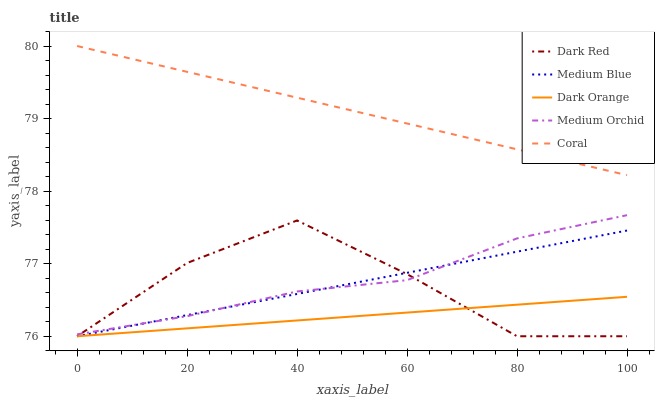
| xaxis_label | Dark Red | Medium Blue | Dark Orange | Medium Orchid | Coral |
 | --- | --- | --- | --- | --- | --- |
 | 0 | 76 | 76 | 76 | 76 | 80 |
 | 20 | 77 | 76.3 | 76.1 | 76.3 | 79.6 |
 | 40 | 77.6 | 76.6 | 76.2 | 76.6 | 79.3 |
 | 60 | 76.9 | 76.9 | 76.3 | 76.8 | 78.9 |
 | 80 | 76 | 77.2 | 76.4 | 77.3 | 78.6 |
 | 100 | 76 | 77.5 | 76.5 | 77.7 | 78.2 |